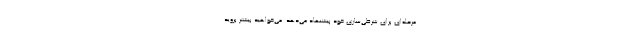
‌مرحله‌ای برای شرطی‌سازی خود پیشنهاد می‌دهد. می‌خواهید بیشتر بروید